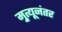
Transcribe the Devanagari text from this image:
मृुत्यूनंतर